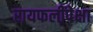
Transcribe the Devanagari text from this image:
रायफलींपेक्षा